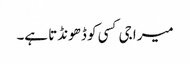
میرا جی کسی کو ڈھونڈتا ہے۔